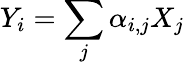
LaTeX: Y_{i}=\sum_{j}\alpha_{i,j}X_{j}